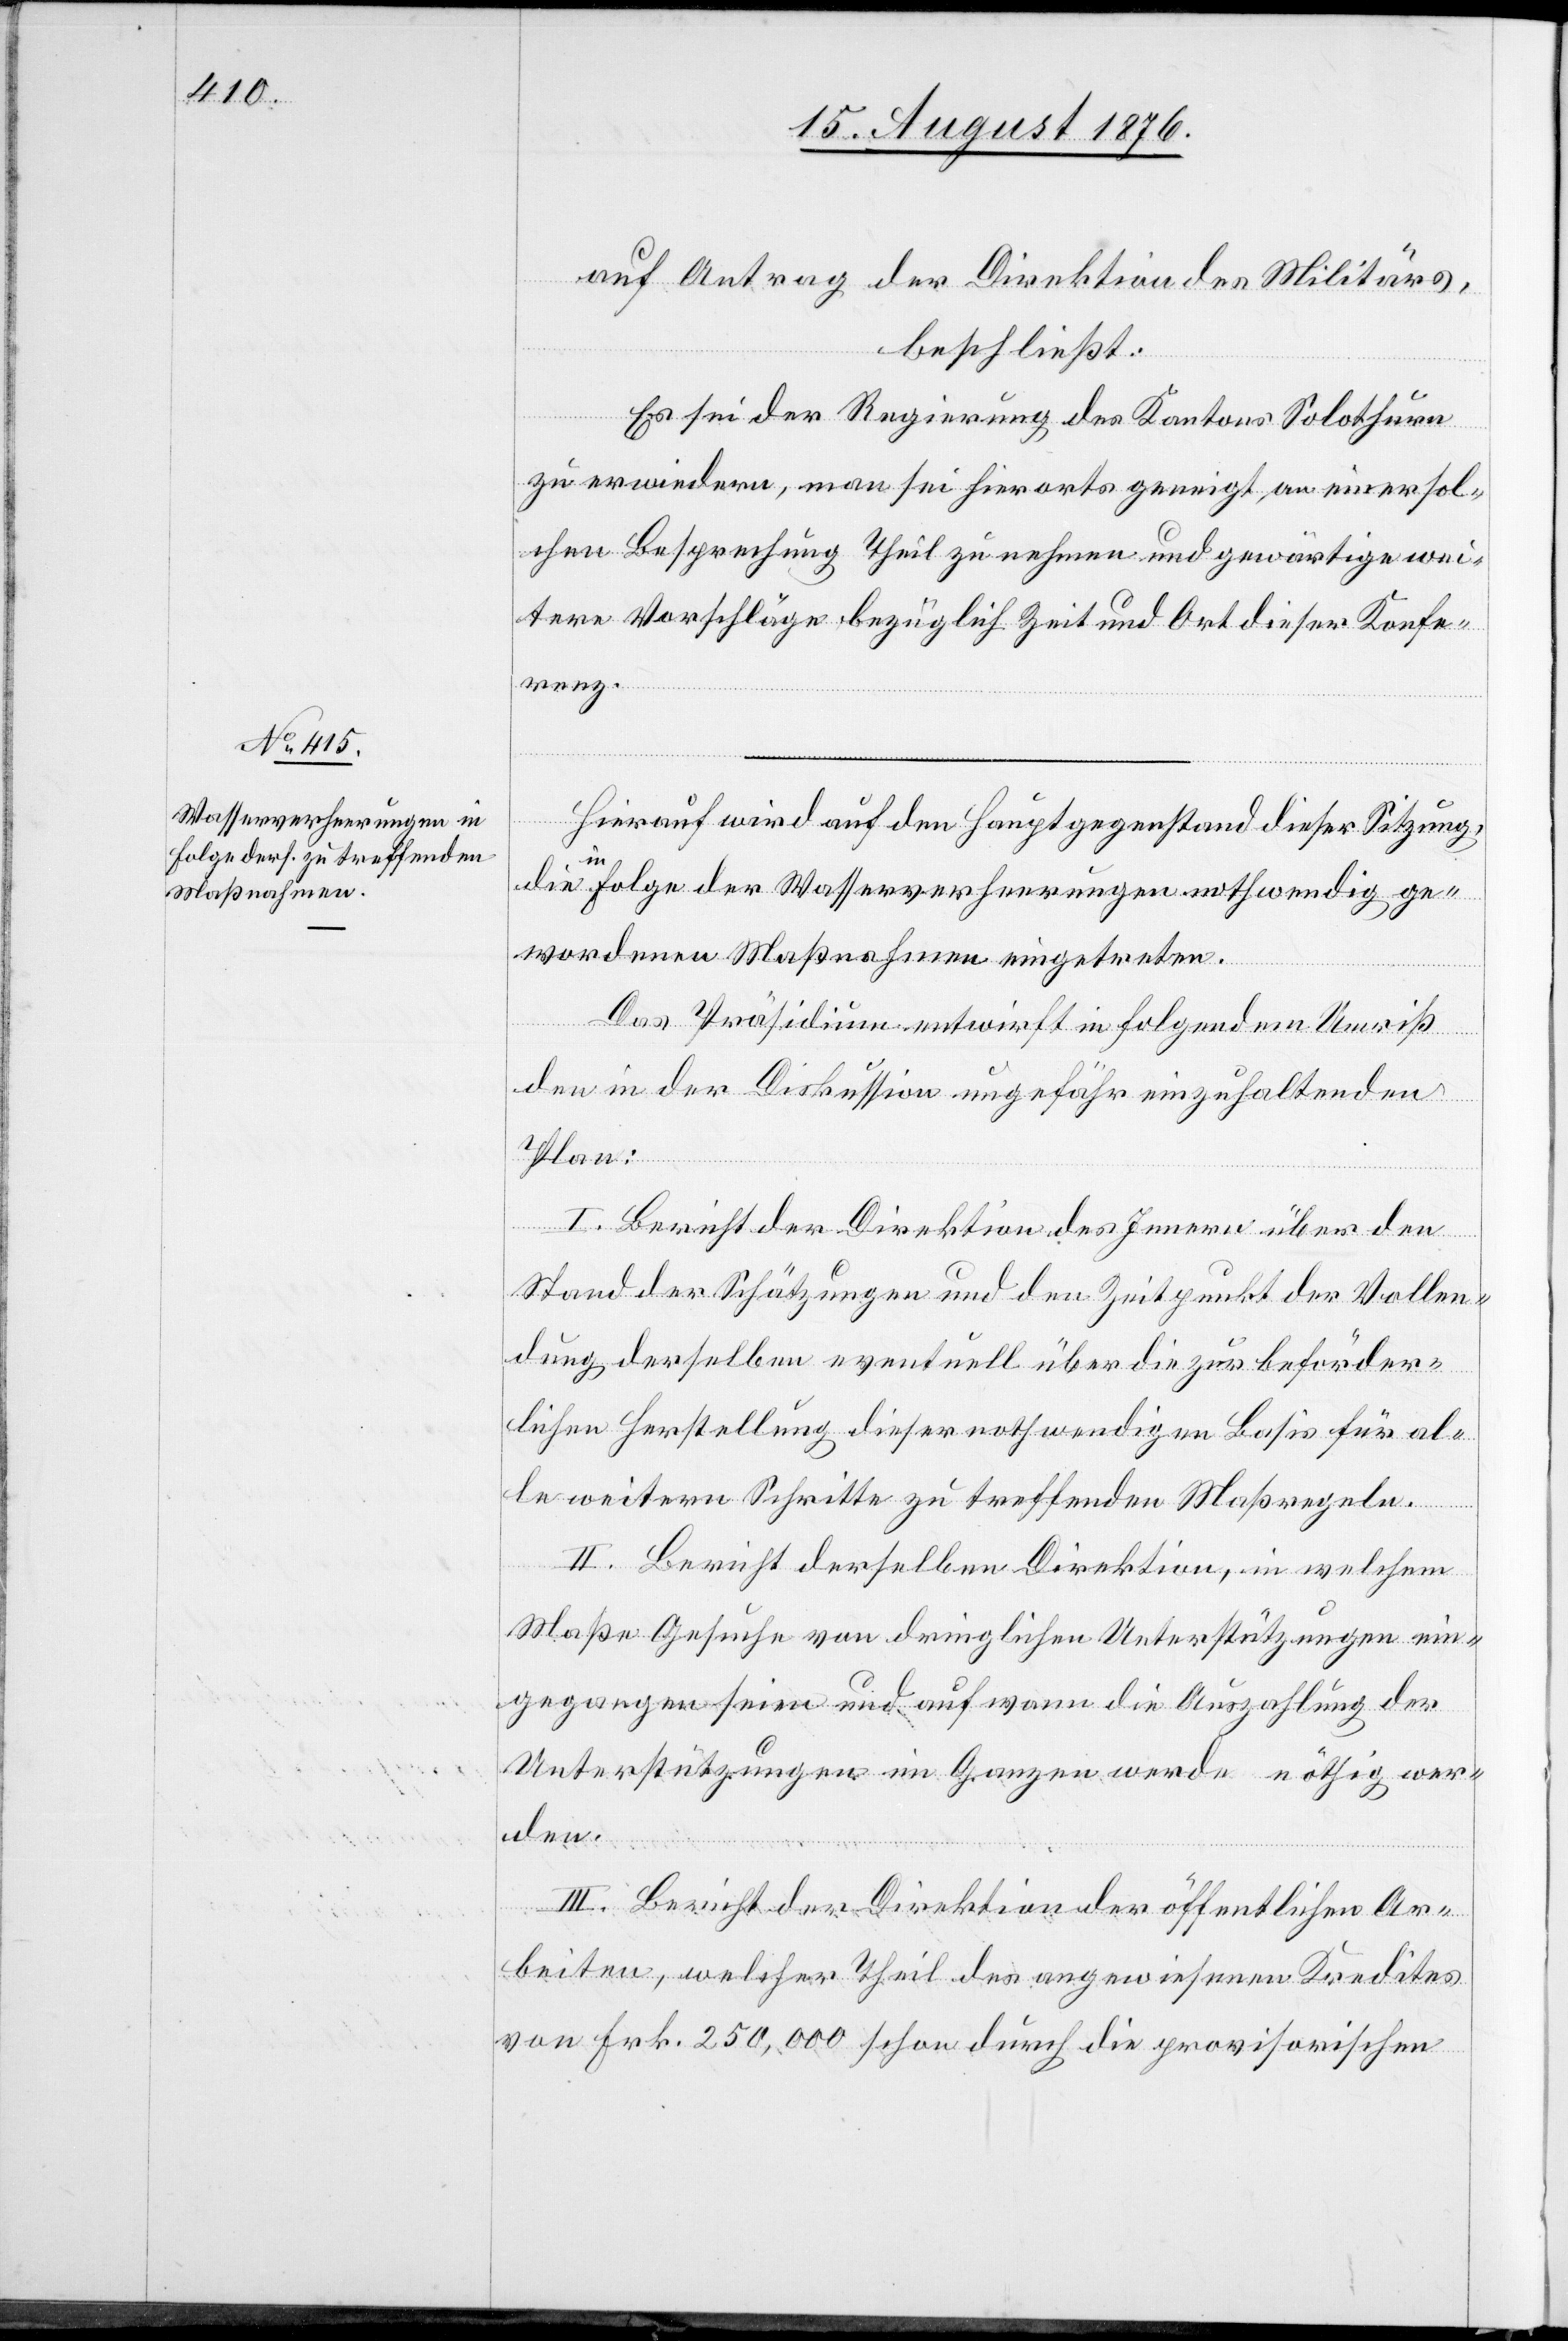
auf Antrag der Direktion des Militärs,
beschließt:
Es sei der Regierung des Kantons Solothurn
zu erwiedern, man sei hierorts geneigt, an einer sol¬
chen Besprechung Theil zu nehmen und gewärtige wei¬
tere Vorschläge bezüglich Zeit und Ort dieser Konfe¬
renz.
Hierauf wird auf den Hauptgegenstand dieser Sitzung,
die in Folge der Wasserverheerungen nothwendig ge¬
wordenen Maßnahmen eingetreten.
Das Präsidium entwirft in folgendem Umriß
den in der Diskussion ungefähr einzuhaltenden
Plan:
I. Bericht der Direktion des Innern über den
Stand der Schätzungen und den Zeitpunkt der Vollen¬
dung derselben eventuell über die zur beförder¬
lichen Herstellung dieser nothwendigen Basis für al¬
le weitern Schritte zu treffenden Maßregeln.
II. Bericht derselben Direktion, in welchem
Maße Gesuche von dringlichen Unterstützungen ein¬
gegangen seien und auf wann die Auszahlung der
Unterstützungen im Ganzen werde nöthig wer¬
den.
III. Bericht der Direktion der öffentlichen Ar¬
beiten, welcher Theil des angewiesenen Kredites
von Frk. 250,000 schon durch die provisorischen